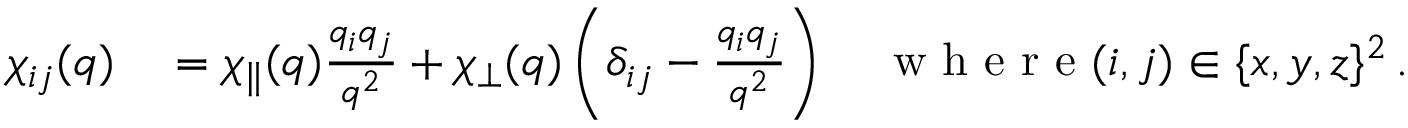
\begin{array} { r l } { \chi _ { i j } ( q ) } & { { } = \chi _ { \parallel } ( q ) \frac { q _ { i } q _ { j } } { q ^ { 2 } } + \chi _ { \perp } ( q ) \left( \delta _ { i j } - \frac { q _ { i } q _ { j } } { q ^ { 2 } } \right) \quad \textrm { w h e r e } ( i , j ) \in \{ x , y , z \} ^ { 2 } \, . } \end{array}